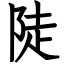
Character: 陡